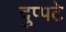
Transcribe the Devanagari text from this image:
दुप्पटे